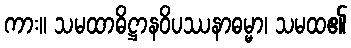
ကား။ သမထာဓိဋ္ဌာနဝိပဿနာဓမ္မာ၊ သမထ၏